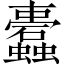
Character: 蠹